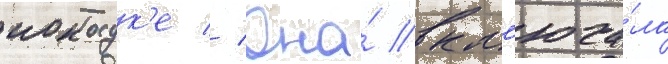
иокосук'е // Она́ вкл'юча́ла